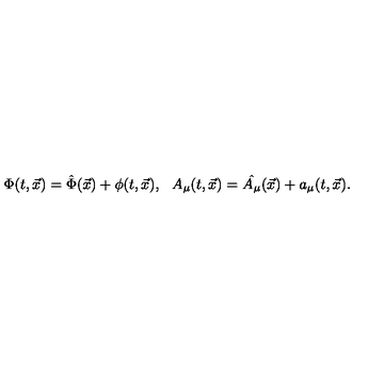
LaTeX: \Phi ( t , \vec { x } ) = \hat { \Phi } ( \vec { x } ) + \phi ( t , \vec { x } ) , \: \: \: A _ { \mu } ( t , \vec { x } ) = \hat { A _ { \mu } } ( \vec { x } ) + a _ { \mu } ( t , \vec { x } ) .